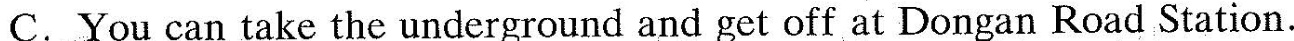
C. You can take the underground and get off at Dongan Road Station.